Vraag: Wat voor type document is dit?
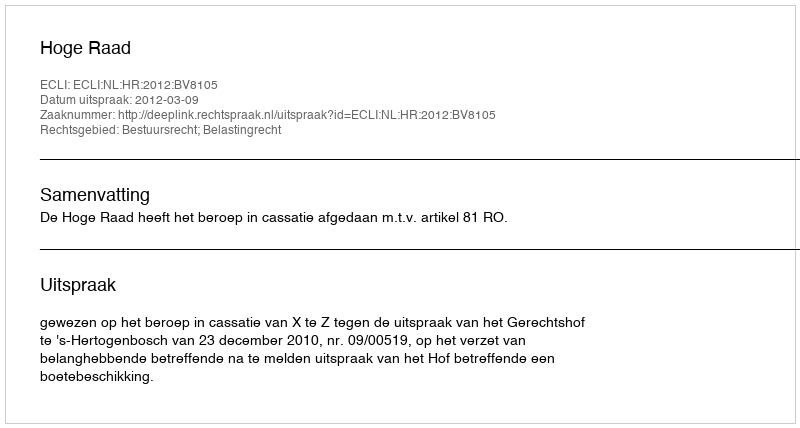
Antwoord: Uitspraak